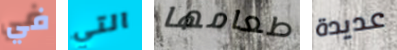
في التي طعامها عديدة